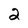
Character: 2